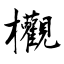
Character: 欟